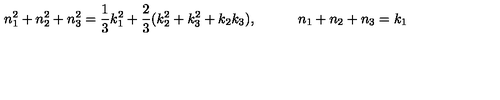
n _ { 1 } ^ { 2 } + n _ { 2 } ^ { 2 } + n _ { 3 } ^ { 2 } = { \frac { 1 } { 3 } } k _ { 1 } ^ { 2 } + { \frac { 2 } { 3 } } ( k _ { 2 } ^ { 2 } + k _ { 3 } ^ { 2 } + k _ { 2 } k _ { 3 } ) , \qquad \quad n _ { 1 } + n _ { 2 } + n _ { 3 } = k _ { 1 }